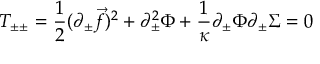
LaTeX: T _ { \pm \pm } = { \frac { 1 } { 2 } } ( \partial _ { \pm } { \vec { f } } ) ^ { 2 } + \partial _ { \pm } ^ { 2 } \Phi + { \frac { 1 } { \kappa } } \partial _ { \pm } \Phi \partial _ { \pm } \Sigma = 0